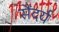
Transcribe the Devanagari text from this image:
सैंदर्य